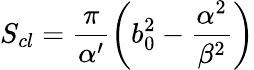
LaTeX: S_{cl}=\frac{\pi}{\alpha^{\prime}}\left(b_{0}^{2}-\frac{\alpha^{2}}{\beta^{2}}\right)